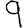
Digit: 9